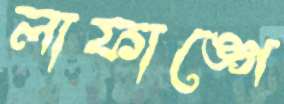
লাফাঙ্গে